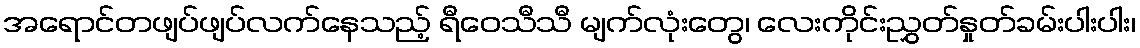
အရောင်တဖျပ်ဖျပ်လက်နေသည့် ရီဝေသီသီ မျက်လုံးတွေ၊ လေးကိုင်းညွှတ်နှုတ်ခမ်းပါးပါး၊